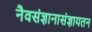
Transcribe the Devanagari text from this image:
नैवसंज्ञानासंज्ञायतन